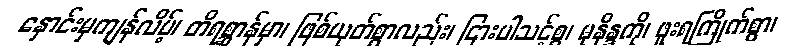
နှောင်းမှကျန်လိမ့်၊ တိရစ္ဆာန်မှာ၊ ဖြစ်ယုတ်စွာလည်း၊ ငြားပါသင့်စွ၊ မုနိန္ဒကို၊ ဖူးရကြိုက်စွာ၊